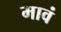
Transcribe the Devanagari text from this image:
मावं